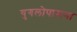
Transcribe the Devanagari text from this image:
युगलोपासना